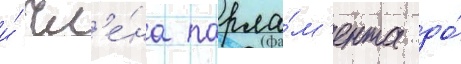
и́ чл'е́на парла́м'ента до́